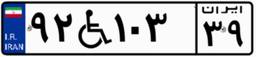
۹۲W۱۰۳۳۹